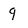
Character: q